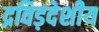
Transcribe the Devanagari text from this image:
द्रविड़देशीय